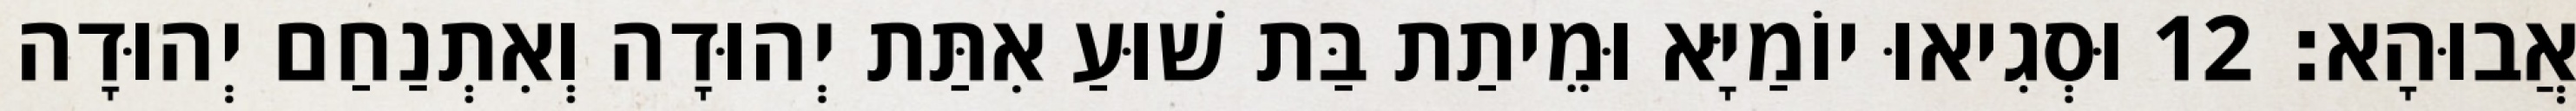
אֲבוּהָא׃ 12 וּסְגִיאוּ יוֹמַיָּא וּמֵיתַת בַּת שׁוּעַ אִתַּת יְהוּדָה וְאִתְנַחַם יְהוּדָה